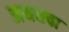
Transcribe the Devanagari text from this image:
अथधवा